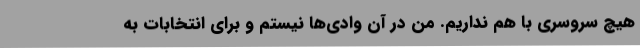
هیچ سروسری با هم نداریم. من در آن وادی‌ها نیستم و برای انتخابات به